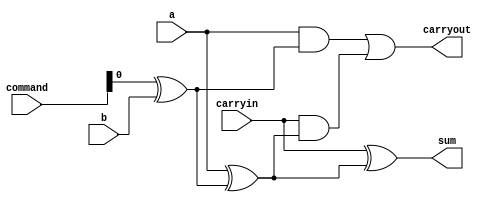
// Liv, Jamie and Sabrina

`define ADD      3'd0
`define SUB      3'd1
`define XOR_SEL  3'd2
`define SLT      3'd3
`define AND_SEL  3'd4
`define NAND     3'd5
`define NOR      3'd6
`define OR_SEL   3'd7


// define gates with delays
`define AND and 
`define OR or 
`define NOT not 
`define XOR xor 

module FullAdder1bit  // instantiate 1 bit full adder module
(
    output sum,       // output sum
    output carryout,  // output carryout
    input carryin,    // input carryin
    input a,          // input a
    input b,           // input b
    input[2:0] command
);
    wire AxorB;         // XOR gate - exclusive OR (a OR b)
    wire AandB;         // AND gate - ab
    wire CinAndAxorB;   // AND gate - Cin(a OR b)
    wire bXorcommand;
    `XOR xorgate0(bXorcommand,command[0],b);
    `XOR xorgate1(AxorB,a,bXorcommand);                    // XOR gate - exclusive OR (a OR b)
    `AND andgate0(AandB,a,bXorcommand);                    // AND gate - ab
    `XOR xorgate2(sum,carryin,AxorB);            // XOR gate - exclusive OR (Cin OR (a OR b))
    `AND andgate1(CinAndAxorB,carryin,AxorB);    // AND gate - Cin(a OR b)
    `OR orgate0(carryout,AandB,CinAndAxorB);     // OR  gate - carryout = (ab OR Cin(a OR b))
endmodule


module FullAdder32bit
(
    output[31:0] sum,  // 2's complement sum of a and b
    output carryout,  // Carry out of the summation of a and b
    output overflow,  // True if the calculation resulted in an overflow
    input[31:0] a,     // First operand in 2's complement format
    input[31:0] b,    // Second operand in 2's complement format
    input[2:0] command
    // something to indicate subtraction
);
    wire[31:0] CintoCout; // Connects Cout to Cin in between 1 bit modules
    //indicate subtraction!!!! buf buf0(CintoCout[0],sub?)
    FullAdder1bit adder0 (sum[0],CintoCout[0],command[0],a[0],b[0],command);
    generate
    genvar index;
      for (index = 1;
      index<32;
      index = index + 1)
      begin
        // 1 bit adders
        FullAdder1bit adderindex (sum[index],CintoCout[index],CintoCout[index-1],a[index],b[index],command);  // 1 bit adder 0
      end
    endgenerate
    buf buf1(carryout,CintoCout[31]);  // connect last CintoCout to carryout of 4 bit adder carryout
    //Looking for overflow
    wire na31;           // na wire from adder 31
    wire nb31;           // nb wire from adder 31
    wire nsum31;         // nsum from adder 31
    wire ifoverflow0;    // result of andgate 0 - na31 AND nb31 AND sum[31]
    wire ifoverflow1;    // result of andgate 1 - a[31] AND b[31] AND nsum31
    `NOT a31inv(na31,a[31]);                            // inverse of a[31]
    `NOT b31inv(nb31,b[31]);                            // inverse of b[31]
    `NOT sum31inv(nsum31,sum[31]);                      // inverse of sum[31]
    `AND andgate0(ifoverflow0,na31,nb31,sum[31]);       // AND gate - na31 AND nb31 AND sum[31]
    `AND andgate1(ifoverflow1,a[31],b[31],nsum31);      // AND gate - a[31] AND b[31] AND nsum3
    `OR  orgate0(overflow,ifoverflow0,ifoverflow1);  // OR  gate - ifoverflow0 OR ifoverflow1 - 1 if overflow
endmodule